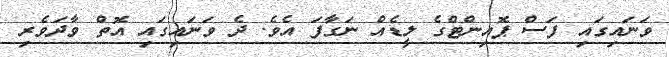
ވަނައިގައި ފަސް ޕޮއިންޓްގެ ލީޑެއް ނަގާފަ އެވެ. ދެ ވަނައިގައި އޮތް ވާދަވެރި